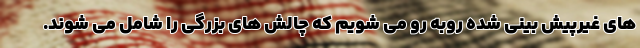
های غیرپیش بینی شده روبه رو می شویم که چالش های بزرگی را شامل می شوند.